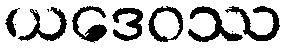
ယဒေဝဿ